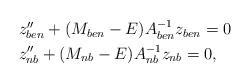
LaTeX: \begin{align*} \begin{aligned} & z''_{ben} +(M_{ben}-E)A_{ben}^{-1} z_{ben}=0 \\ & z''_{nb} +(M_{nb}-E) A_{nb}^{-1} z_{nb}=0,\end{aligned}\end{align*}